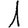
Digit: 1